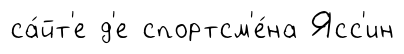
са́йт'е д'е спортсм'е́на Ясс'ин